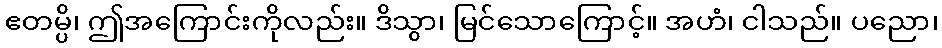
ဧတမ္ပိ၊ ဤအကြောင်းကိုလည်း။ ဒိသွာ၊ မြင်သောကြောင့်။ အဟံ၊ ငါသည်။ ပညော၊